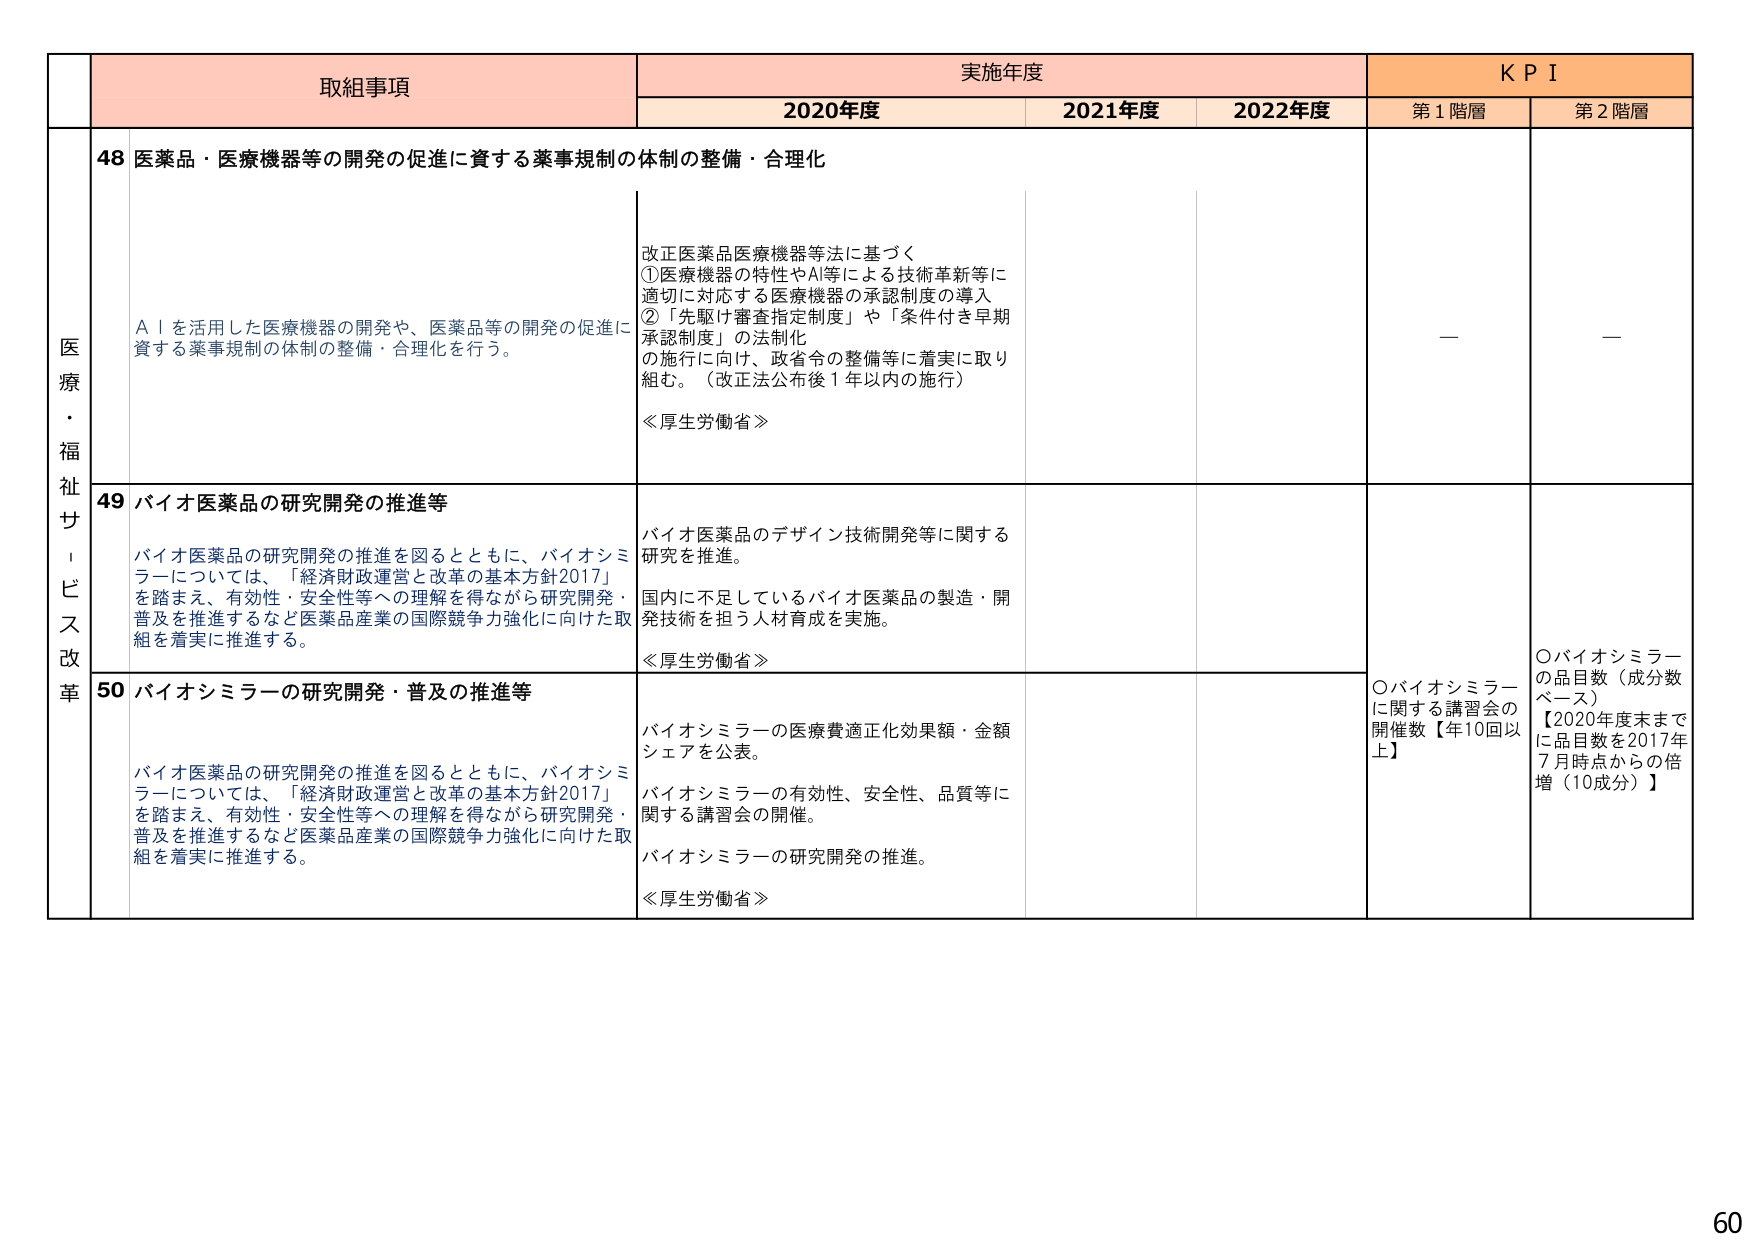
取組事項 実施年度 K P I
2020年度 2021年度 2022年度 第1階層 第2階層

医療・福祉サービス改革
48 医薬品・医療機器等の開発の促進に資する薬事規制の体制の整備・合理化
AＩを活用した医療機器の開発や、医薬品等の開発の促進に資する薬事規制の体制の整備・合理化を行う。
改正医薬品医療機器等法に基づく
①医療機器の特性やAI等による技術革新等に適切に対応する医療機器の承認制度の導入
②「先駆け審査指定制度」や「条件付き早期承認制度」の法制化
の施行に向け、政省令の整備等に着実に取り組む。（改正法公布後1年以内の施行）
≪厚生労働省≫
— —

49 バイオ医薬品の研究開発の推進等
バイオ医薬品の研究開発の推進を図るとともに、バイオシミラーについては、「経済財政運営と改革の基本方針2017」を踏まえ、有効性・安全性等への理解を得ながら研究開発・普及を推進するなど医薬品産業の国際競争力強化に向けた取組を着実に推進する。
バイオ医薬品のデザイン技術開発等に関する研究を推進。
国内に不足しているバイオ医薬品の製造・開発技術を担う人材育成を実施。
≪厚生労働省≫
○バイオシミラーに関する講習会の開催数【年10回以上】
○バイオシミラーの品目数（成分数ベース）
【2020年度末までに品目数を2017年7月時点からの倍増（10成分）】

50 バイオシミラーの研究開発・普及の推進等
バイオ医薬品の研究開発の推進を図るとともに、バイオシミラーについては、「経済財政運営と改革の基本方針2017」を踏まえ、有効性・安全性等への理解を得ながら研究開発・普及を推進するなど医薬品産業の国際競争力強化に向けた取組を着実に推進する。
バイオシミラーの医療費適正化効果額・金額シェアを公表。
バイオシミラーの有効性、安全性、品質等に関する講習会の開催。
バイオシミラーの研究開発の推進。
≪厚生労働省≫

60